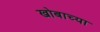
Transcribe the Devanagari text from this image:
खोबाच्या